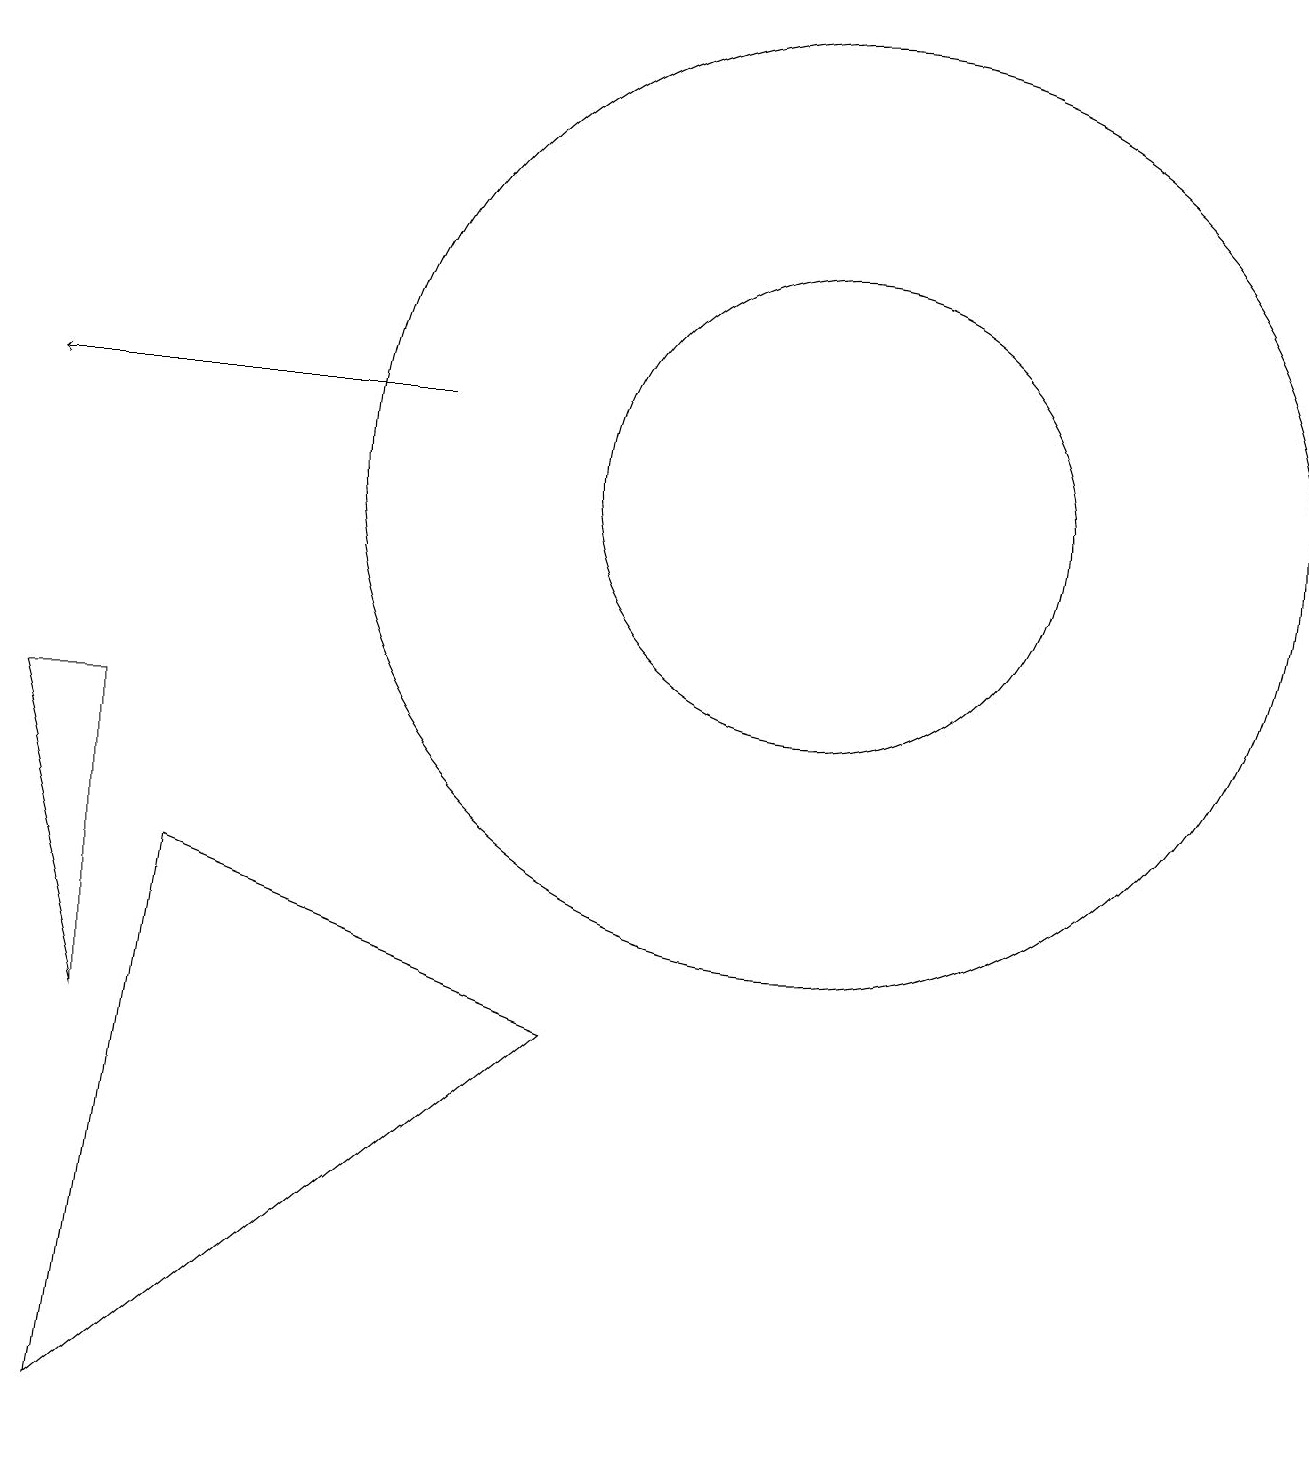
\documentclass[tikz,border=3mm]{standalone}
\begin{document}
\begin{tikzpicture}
\draw (11,12) circle (3);
\draw[->] (6,13) -- (1,13);
\draw (11,12) circle (6);
\draw (8,5) -- (2,0) -- (3,7) -- cycle;
\draw (2,9) -- (2,5) -- (1,9) -- cycle;
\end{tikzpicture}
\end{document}